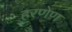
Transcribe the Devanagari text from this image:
हरणेण